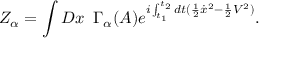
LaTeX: Z _ { \alpha } = \int { \cal D } x \, \, \, \Gamma _ { \alpha } ( A ) \displaystyle { e } ^ { i \int _ { t _ { 1 } } ^ { t _ { 2 } } d t ( { \frac { 1 } { 2 } } { \dot { x } } ^ { 2 } - { \frac { 1 } { 2 } } V ^ { 2 } ) } .